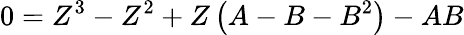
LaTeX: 0=Z^{3}-Z^{2}+Z\left(A-B-B^{2}\right)-AB